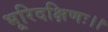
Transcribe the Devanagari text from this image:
भूरिदक्षिणः।।